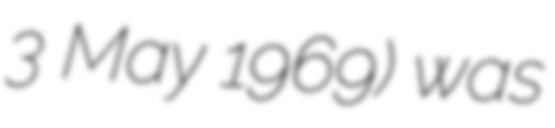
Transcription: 3 May 1969) was